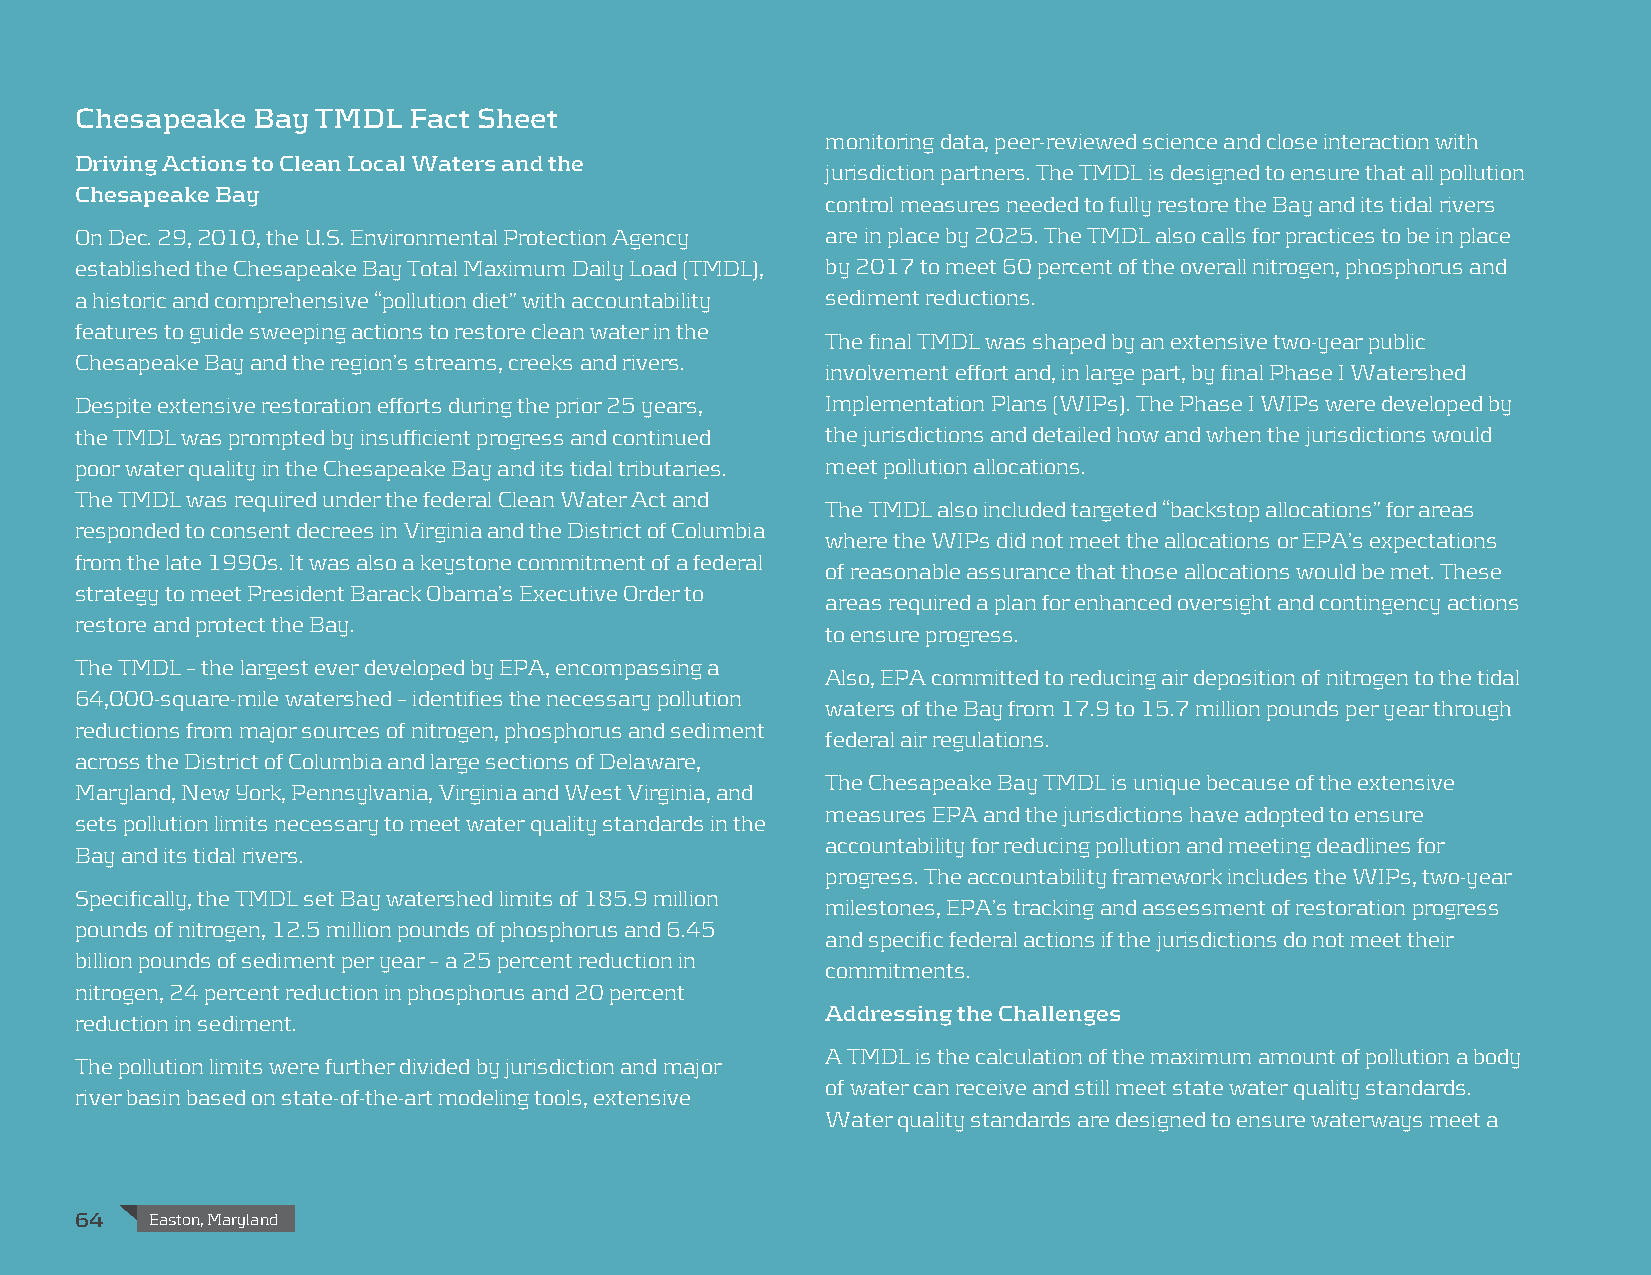
Chesapeake  Bay TMDL  Fact Sheet
 monitoring data, peer-reviewed science and close interaction with
 Driving Actions to Clean Local Waters and the
 jurisdiction partners. The TMDL is designed to ensure that all pollution
 Chesapeake Bay
 control measures needed to fully restore the Bay and its tidal rivers
 On Dec. 29, 2010, the U.S. Environmental Protection Agency are in place by 2025. The TMDL also calls for practices to be in place
 established the Chesapeake Bay Total Maximum Daily Load (TMDL), by 2017 to meet 60 percent of the overall nitrogen, phosphorus and
 a historic and comprehensive “pollution diet” with accountability sediment reductions.
 features to guide sweeping actions to restore clean water in the
 The final TMDL was shaped by an extensive two-year public
 Chesapeake Bay and the region’s streams, creeks and rivers.
 involvement effort and, in large part, by final Phase I Watershed
 Despite extensive restoration efforts during the prior 25 years, Implementation Plans (WIPs). The Phase I WIPs were developed by
 the TMDL was prompted by insufficient progress and continued the jurisdictions and detailed how and when the jurisdictions would
 poor water quality in the Chesapeake Bay and its tidal tributaries. meet pollution allocations.
 The TMDL was required under the federal Clean Water Act and
 The TMDL also included targeted “backstop allocations” for areas
 responded to consent decrees in Virginia and the District of Columbia
 where the WIPs did not meet the allocations or EPA’s expectations
 from the late 1990s. It was also a keystone commitment of a federal
 of reasonable assurance that those allocations would be met. These
 strategy to meet President Barack Obama’s Executive Order to
 areas required a plan for enhanced oversight and contingency actions
 restore and protect the Bay.
 to ensure progress.
 The TMDL – the largest ever developed by EPA, encompassing a
 Also, EPA committed to reducing air deposition of nitrogen to the tidal
 64,000-square-mile watershed – identifies the necessary pollution
 waters of the Bay from 17.9 to 15.7 million pounds per year through
 reductions from major sources of nitrogen, phosphorus and sediment
 federal air regulations.
 across the District of Columbia and large sections of Delaware,
 The Chesapeake Bay TMDL is unique because of the extensive
 Maryland, New York, Pennsylvania, Virginia and West Virginia, and
 measures EPA and the jurisdictions have adopted to ensure
 sets pollution limits necessary to meet water quality standards in the
 accountability for reducing pollution and meeting deadlines for
 Bay and its tidal rivers.
 progress. The accountability framework includes the WIPs, two-year
 Specifically, the TMDL set Bay watershed limits of 185.9 million
 milestones, EPA’s tracking and assessment of restoration progress
 pounds of nitrogen, 12.5 million pounds of phosphorus and 6.45
 and specific federal actions if the jurisdictions do not meet their
 billion pounds of sediment per year – a 25 percent reduction in
 commitments.
 nitrogen, 24 percent reduction in phosphorus and 20 percent
 Addressing the Challenges
 reduction in sediment.
 A TMDL is the calculation of the maximum amount of pollution a body
 The pollution limits were further divided by jurisdiction and major
 of water can receive and still meet state water quality standards.
 river basin based on state-of-the-art modeling tools, extensive
 Water quality standards are designed to ensure waterways meet a
 64   Easton, Maryland